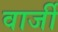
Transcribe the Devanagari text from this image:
वार्जी